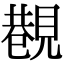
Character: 𧡥